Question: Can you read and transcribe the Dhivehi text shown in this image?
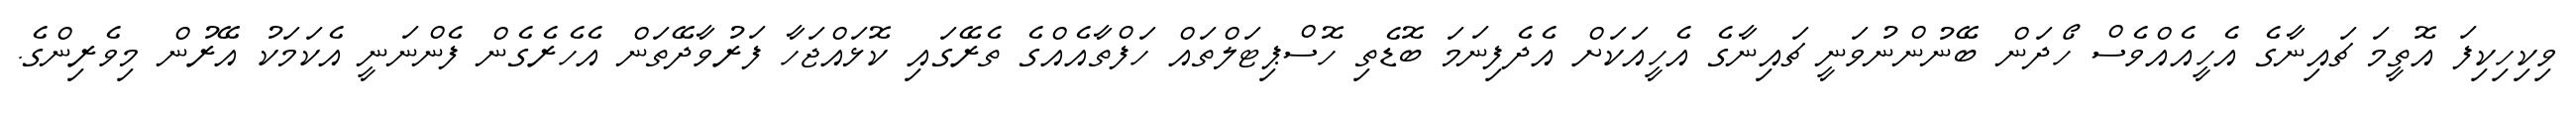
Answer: ވިކިހިކިފަ އޮތީމަ ޗައިނާގެ އެހީއެއްވެސް ހޯދަން ބޭނުންނުވަނީ ޗައިނާގެ އެހީއަކަށް އެދެފިނަމަ ބޮޑެތި ހޮސްޕިޓަލްތައް ހަފްތާއެއްގެ ތެރޭގައި ކޮޅައްޖަހާ ފަރުވާދޭތަން އެހެރެގެން ފެންނަނީ އެކަމަކު އޭރުން މިވެރިންގެ.